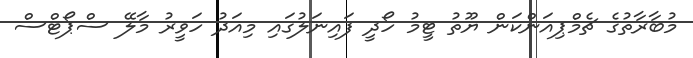
މުބާރާތުގެ ޗެމްޕިއަންކަން ޔޫތު ޓީމު ހޯދީ ފައިނަލުގައި މިއަދު ހަވީރު މާލޭ ސްޕޯޓްސް